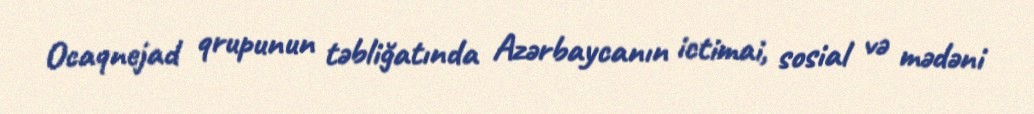
Ocaqnejad qrupunun təbliğatında Azərbaycanın ictimai, sosial və mədəni